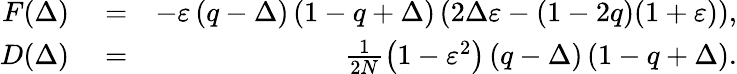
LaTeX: \begin{array}{rlr}{F(\Delta)}&{{}=}&{-\varepsilon\left(q-\Delta\right)\left(1-q+\Delta\right)\left(2\Delta\varepsilon-\left(1-2q\right)(1+\varepsilon)\right),}\\ {D(\Delta)}&{{}=}&{\frac{1}{2N}\left(1-\varepsilon^{2}\right)\left(q-\Delta\right)\left(1-q+\Delta\right).}\end{array}